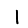
Digit: 1